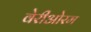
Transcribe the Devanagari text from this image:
वेरीओरम